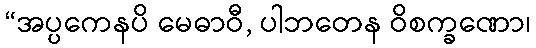
“အပ္ပကေနပိ မေဓာဝီ, ပါဘတေန ဝိစက္ခဏော၊